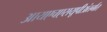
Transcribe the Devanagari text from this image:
आयएचएसयूपीअंतर्गत